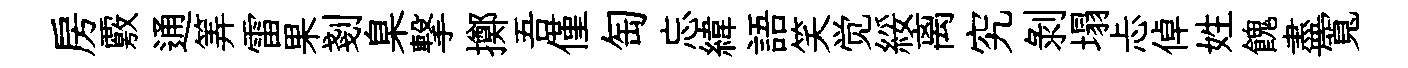
房覈通筭雷果剗臬撃擲吾僅匋忘緯語笑觉綏离究剝塌忐倬姓餽盡寬